Investigations on Bengal jail dietaries - Number 37
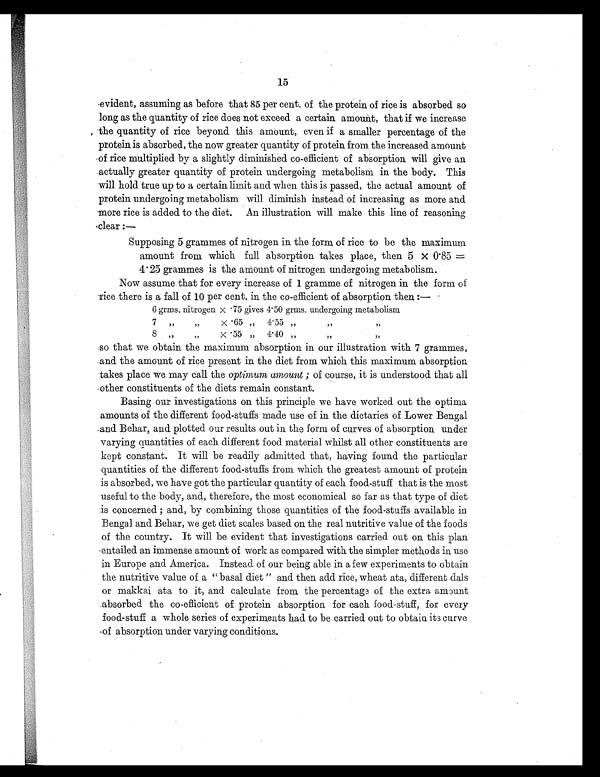
15
evident, assuming as before that 85 per cent. of the protein of rice is absorbed so
long as the quantity of rice does not exceed a certain amount, that if we increase
the quantity of rice beyond this amount, even if a smaller percentage of the
protein is absorbed, the now greater quantity of protein from the increased amount
of rice multiplied by a slightly diminished co-efficient of absorption will give an
actually greater quantity of protein undergoing metabolism in the body. This
will hold true up to a certain limit and when this is passed, the actual amount of
protein undergoing metabolism will diminish instead of increasing as more and
more rice is added to the diet. An illustration will make this line of reasoning
clear:—
Supposing 5 grammes of nitrogen in the form of rice to be the maximum
amount from which full absorption takes place, then 5 X 0.85 =
4.25 grammes is the amount of nitrogen undergoing metabolism.
Now assume that for every increase of 1 gramme of nitrogen in the form of
rice there is a fall of 10 per cent. in the co-efficient of absorption then :—
6 grms. nitrogen x . 75 gives 4. 50 grms. undergoing metabolism
7
8
"
"
"
"
X
x
. 65 "
.55 "
4.55
4.40 "
"
"
so that we obtain the maximum absorption in our illustration with 7 grammes,
and the amount of rice present in the diet from which this maximum absorption
takes place we may call the optimum amount ; of course, it is understood that all
other constituents of the diets remain constant.
Basing our investigations on this principle we have worked out the optima
amounts of the different food-stuffs made use of in the dietaries of Lower Bengal
and Behar, and plotted our results out in. the form of curves of absorption under
varying quantities of each different food material whilst all other constituents are
kept constant. It will be readily admitted that, having found the particular
quantities of the different food-stuffs from which the greatest amount of protein
is absorbed, we have got the particular quantity of each food-stuff that is the most
useful to the body, and, therefore, the most economical so far as that type of diet
is concerned; and, by combining those quantities of the food-stuffs available in
Bengal and Behar, we get diet scales based on the real nutritive value of the foods
of the country. It will be evident that investigations carried out on this plan
entailed an immense amount of work as compared with the simpler methods in use
in Europe and America. Instead of our being able in a few experiments to obtain
the nutritive value of a "basal diet" and then add rice, wheat ata, different dais
or makkai ata to it, and calculate from the percentage of the extra amount
absorbed the co-efficient of protein absorption for each food-stuff, for every
food-stuff a whole series of experiments had to be carried out to obtain its curve
of absorption under varying conditions.